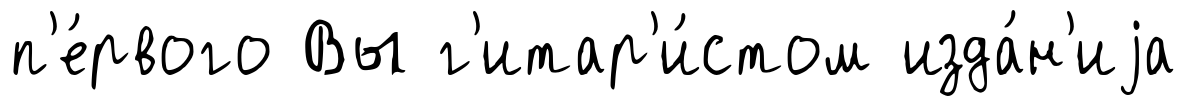
п'е́рвого Вы г'итар'и́стом изда́н'иjа